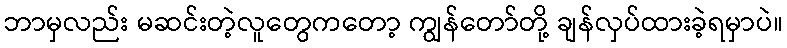
ဘာမှလည်း မဆင်းတဲ့လူတွေကတော့ ကျွန်တော်တို့ ချန်လှပ်ထားခဲ့ရမှာပဲ။